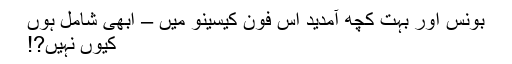
بونس اور بہت کچھ آمدید اس فون کیسینو میں – ابھی شامل ہوں
کیوں نہیں?!